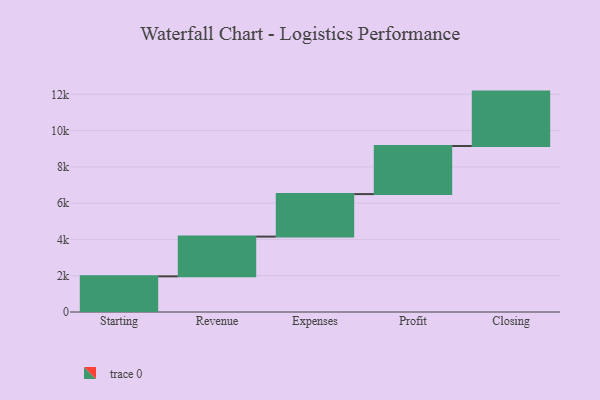
{"axis": {"x": "Step", "y": "Value"}, "legend": [""], "data": [{"x": "Starting", "y": 1965.0, "type": ""}, {"x": "Revenue", "y": 2192.0, "type": ""}, {"x": "Expenses", "y": 2344.0, "type": ""}, {"x": "Profit", "y": 2651.0, "type": ""}, {"x": "Closing", "y": 3000, "type": ""}]}